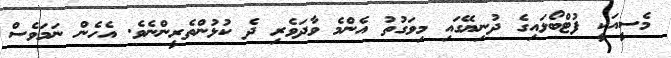
މެސީއަކީ ފުޓްބޯޅައިގެ ދުނިޔޭގައި މިވަގުތު އެންމެ ވާދަވެރި ދެ ކުޅުންތެރީންނެވެ. އެހެން ނަމަވެސް